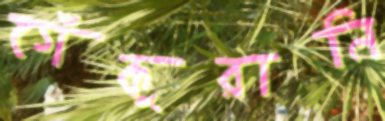
গেঁকুরানি